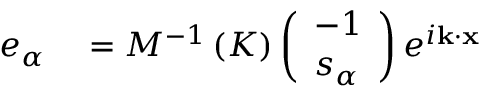
\begin{array} { r l } { e _ { \alpha } } & { { } = M ^ { - 1 } \left( K \right) \left( \begin{array} { l } { - 1 } \\ { s _ { \alpha } } \end{array} \right) e ^ { i \mathbf { k } \cdot \mathbf { x } } } \end{array}